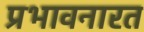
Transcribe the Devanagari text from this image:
प्रभावनारत